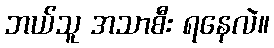
ဘယ်သူ အသာစီး ရနေလဲ။